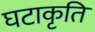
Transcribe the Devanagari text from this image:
घटाकृति